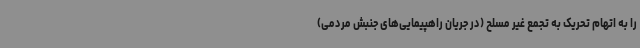
را به اتهام تحریک به تجمع غیر مسلح (در جریان راهپیمایی‌های جنبش مردمی)